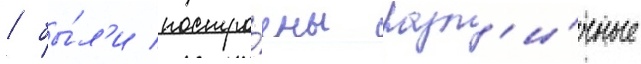
/ бы́л'и постро́ены разл'и́чные